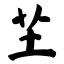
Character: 芏